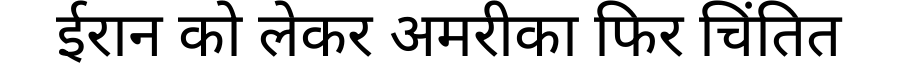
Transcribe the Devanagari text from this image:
ईरान को लेकर अमरीका फिर चिंतित